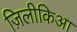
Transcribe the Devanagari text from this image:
ज़िलीकिआ